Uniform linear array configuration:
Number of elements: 4
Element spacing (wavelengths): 1
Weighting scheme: exponential
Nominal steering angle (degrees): -15
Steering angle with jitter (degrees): -14.318
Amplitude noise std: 0.05
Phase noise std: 0.05

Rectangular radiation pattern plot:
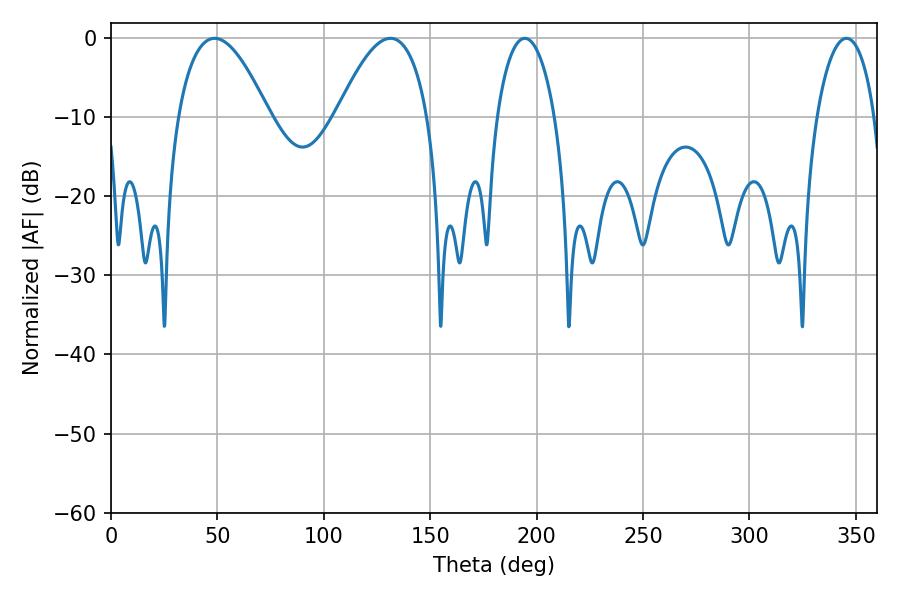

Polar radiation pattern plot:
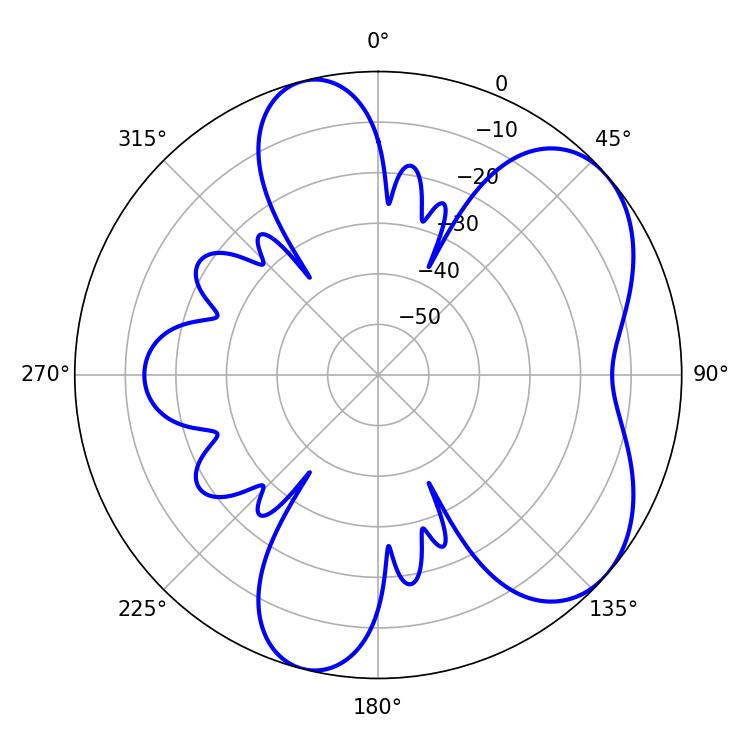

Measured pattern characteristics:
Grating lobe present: TRUE
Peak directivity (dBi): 5.754
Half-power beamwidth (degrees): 15.48
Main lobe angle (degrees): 194.4